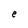
Character: e